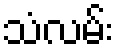
သံလမ်း